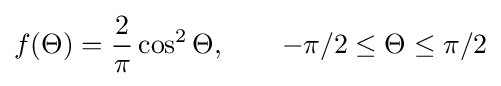
f(\Theta )={\frac {2}{\pi }}\cos ^{2}\Theta ,\qquad -\pi /2\leq \Theta \leq \pi /2